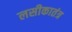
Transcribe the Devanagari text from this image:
लसीकातंत्र